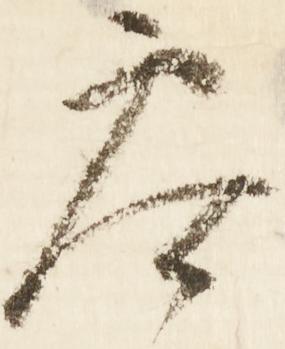
参